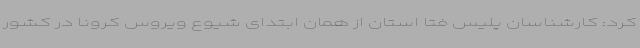
کرد: کارشناسان پلیس فتا استان از همان ابتدای شیوع ویروس کرونا در کشور